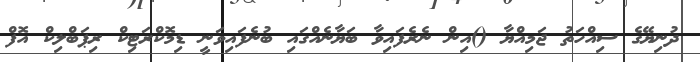
ދުނިޔޭގެ ސިއްހަތު ޖަމިއްޔާ ()އިން ނެރެފައިވާ ބަޔާނެއްގައި ބުނެފައިވަނީ ޑިމޮކްރަޓިކް ރިޕަބްލިކް އޮފް